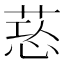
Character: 𦵃